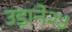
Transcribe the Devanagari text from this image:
उड़ाने२५